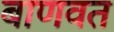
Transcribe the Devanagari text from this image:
बाणवत